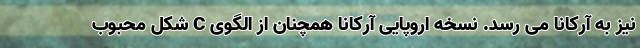
نیز به آرکانا می رسد. نسخه اروپایی آرکانا همچنان از الگوی C شکل محبوب